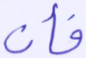
فأن